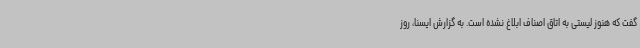
گفت که هنوز لیستی به اتاق اصناف ابلاغ نشده است. به گزارش ایسنا، روز